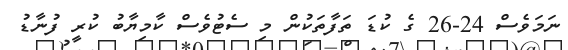
ނަމަވެސް 24-26 ގެ ކުޑަ ތަފާތަކުން މި ސެޓުވެސް ކާމިޔާބު ކުރީ ފުނާޑު